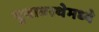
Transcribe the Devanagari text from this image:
युवावस्थेमध्ये